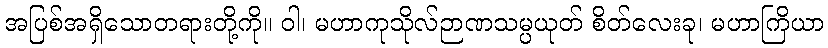
အပြစ်အရှိသောတရားတို့ကို။ ဝါ၊ မဟာကုသိုလ်ဉာဏသမ္ပယုတ် စိတ်လေးခု၊ မဟာကြိယာ